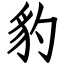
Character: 豹